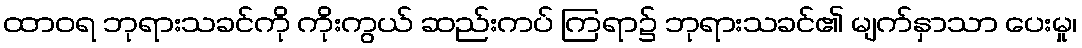
ထာဝရ ဘုရားသခင်ကို ကိုးကွယ် ဆည်းကပ် ကြရာ၌ ဘုရားသခင်၏ မျက်နှာသာ ပေးမှု၊